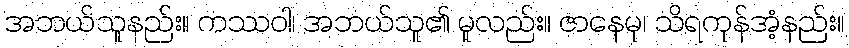
အဘယ်သူနည်း။ ကဿဝါ၊ အဘယ်သူ၏ မူလည်း။ ဇာနေမု၊ သိရကုန်အံ့နည်း။